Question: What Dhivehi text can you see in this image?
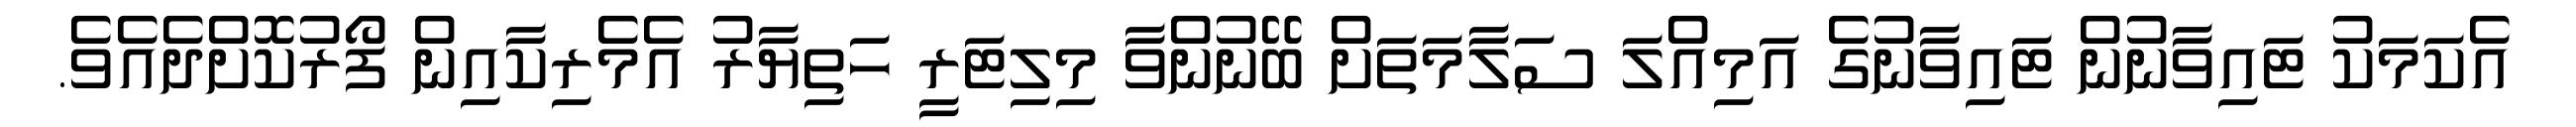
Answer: އެކަމަކު ޓައިވާނުން ޓައިވާނުގެ އަމިއްލަ ސަލާމަތަށް ބޭނުންވާ މިލިޓަރީ ހަތިޔާރު އެމެރިކާއިން ފޯރުކޮށްދެއެވެ.